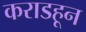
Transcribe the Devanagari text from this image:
कराडहून